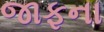
જાફના